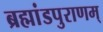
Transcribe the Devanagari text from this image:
ब्रह्मांडपुराणम्